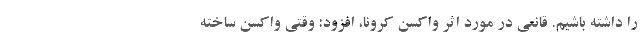
را داشته باشیم. قانعی در مورد اثر واکسن کرونا، افزود: وقتی واکسن ساخته